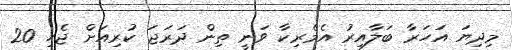
މިދިޔަ އަހަރާ ބަލާއިރު އެމެރިކާ ވަނީ ތިން ދަރަޖަ ކުރިއަށް ޖެހި 20